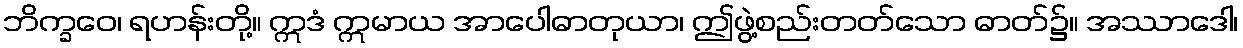
ဘိက္ခဝေ၊ ရဟန်းတို့။ ဣဒံ ဣမာယ အာပေါဓာတုယာ၊ ဤဖွဲ့စည်းတတ်သော ဓာတ်၌။ အဿာဒေါ၊